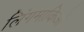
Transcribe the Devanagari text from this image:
लिंगमाकिओं